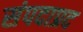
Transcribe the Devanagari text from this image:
संपदाप्रद